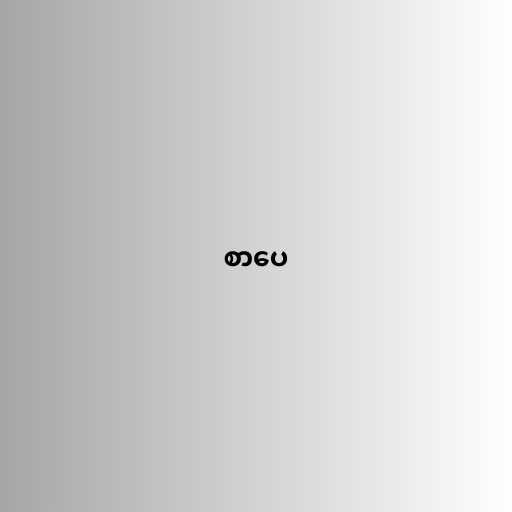
စာပေ